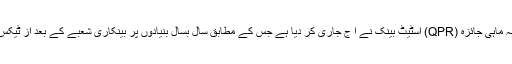
30 جون 2015ء کو ختم ہونے والی سہ ماہی کے لیے بینکاری شعبے کی کارکردگی کا سہ ماہی جائزہ (QPR) اسٹیٹ بینک نے آ ج جاری کر دیا ہے جس کے مطابق سال بسال بنیادوں پر بینکاری شعبے کے بعد از ٹیکس منافع میں 52 فیصد اضافہ ہوا ہے جس میں سودی و غیر سودی آمدنی دونوں کا حصہ ہے۔